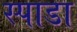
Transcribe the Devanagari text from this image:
स्पाडा